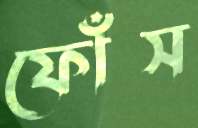
ফোঁস